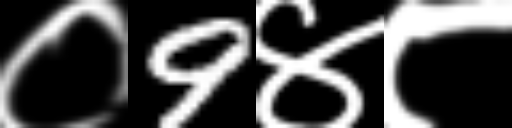
Text: ०9४८